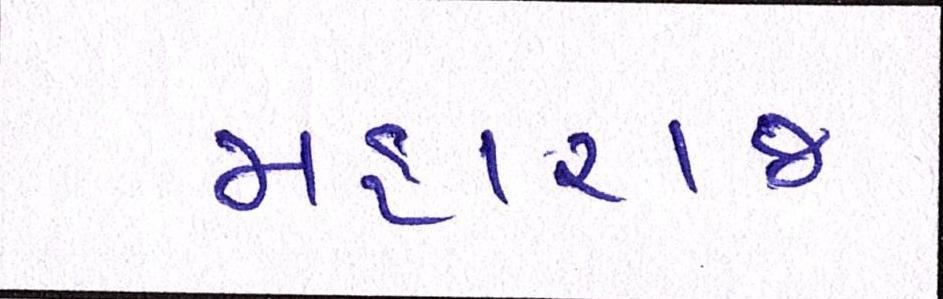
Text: મહારાજ